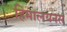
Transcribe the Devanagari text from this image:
हिमालयनस